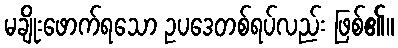
မချိုးဖောက်ရသော ဥပဒေတစ်ရပ်လည်း ဖြစ်၏။